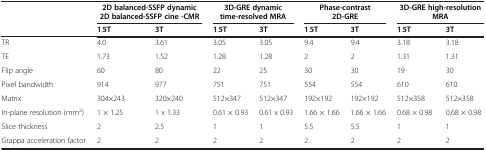
<table><thead><tr><td><b> </b></td><td colspan="2"><b>2D balanced-SSFP dynamic 2D balanced-SSFP cine -CMR</b></td><td colspan="2"><b>3D-GRE dynamic time-resolved MRA</b></td><td colspan="2"><b>Phase-contrast 2D-GRE</b></td><td colspan="2"><b>3D-GRE high-resolution MRA</b></td></tr><tr><td><b> </b></td><td><b>1.5T</b></td><td><b>3T</b></td><td><b>1.5T</b></td><td><b>3T</b></td><td><b>1.5T</b></td><td><b>3T</b></td><td><b>1.5T</b></td><td><b>3T</b></td></tr></thead><tbody><tr><td>TR</td><td>4.0</td><td>3.61</td><td>3.05</td><td>3.05</td><td>9.4</td><td>9.4</td><td>3.18</td><td>3.18</td></tr><tr><td>TE</td><td>1.73</td><td>1.52</td><td>1.28</td><td>1.28</td><td>2</td><td>2</td><td>1.31</td><td>1.31</td></tr><tr><td>Flip angle</td><td>60</td><td>80</td><td>22</td><td>25</td><td>30</td><td>30</td><td>19</td><td>30</td></tr><tr><td>Pixel bandwidth</td><td>914</td><td>977</td><td>751</td><td>751</td><td>554</td><td>554</td><td>610</td><td>610</td></tr><tr><td>Matrix</td><td>304×243</td><td>320×240</td><td>512×347</td><td>512×347</td><td>192×192</td><td>192×192</td><td>512×358</td><td>512×358</td></tr><tr><td>In-plane resolution (mm<sup>2</sup>)</td><td>1 × 1.25</td><td>1 x 1.33</td><td>0.61 × 0.93</td><td>0.61 x 0.93</td><td>1.66 × 1.66</td><td>1.66 × 1.66</td><td>0.68 × 0.98</td><td>0.68 × 0.98</td></tr><tr><td>Slice thickness</td><td>2</td><td>2.5</td><td>1</td><td>1</td><td>5.5</td><td>5.5</td><td>1</td><td>1</td></tr><tr><td>Grappa acceleration factor</td><td>2</td><td>2</td><td>2</td><td>2</td><td>2</td><td>2</td><td>2</td><td>2</td></tr></tbody></table>